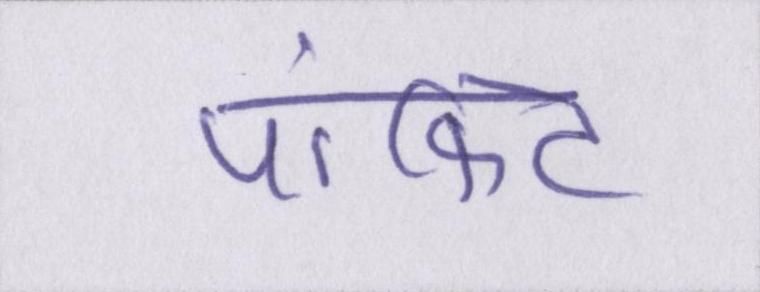
पॉकिट